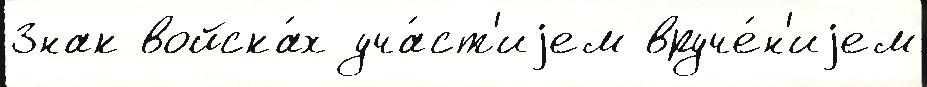
Знак войска́х уча́ст'иjем вруче́н'иjем